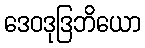
ဒေဝဒုဒြဘိယော